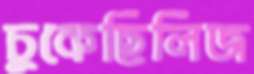
চুকেছিলিজ